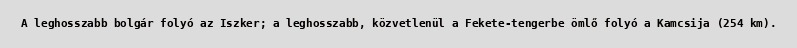
A leghosszabb bolgár folyó az Iszker; a leghosszabb, közvetlenül a Fekete-tengerbe ömlő folyó a Kamcsija (254 km).